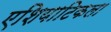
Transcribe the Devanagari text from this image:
एशियाटिकला